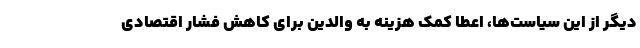
دیگر از این سیاست‌ها، اعطا کمک هزینه به والدین برای کاهش فشار اقتصادی